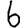
Digit: 6